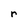
Character: r